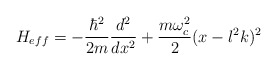
\begin{align*}H_{eff}=-\frac {\hbar ^2}{2m} \frac{d^2}{dx^2} + \frac {m \omega_c^2}{2}(x-l^2k)^2\end{align*}